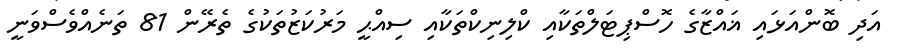
އަދި ބޮންއަޅައި ޣައްޒާގެ ހޮސްޕިޓަލްތަކާއި ކްލިނިކްތަކާއި ސިއްޙީ މަރުކަޒުތަކުގެ ތެރޭން 81 ތަނެއްވެސްވަނީ